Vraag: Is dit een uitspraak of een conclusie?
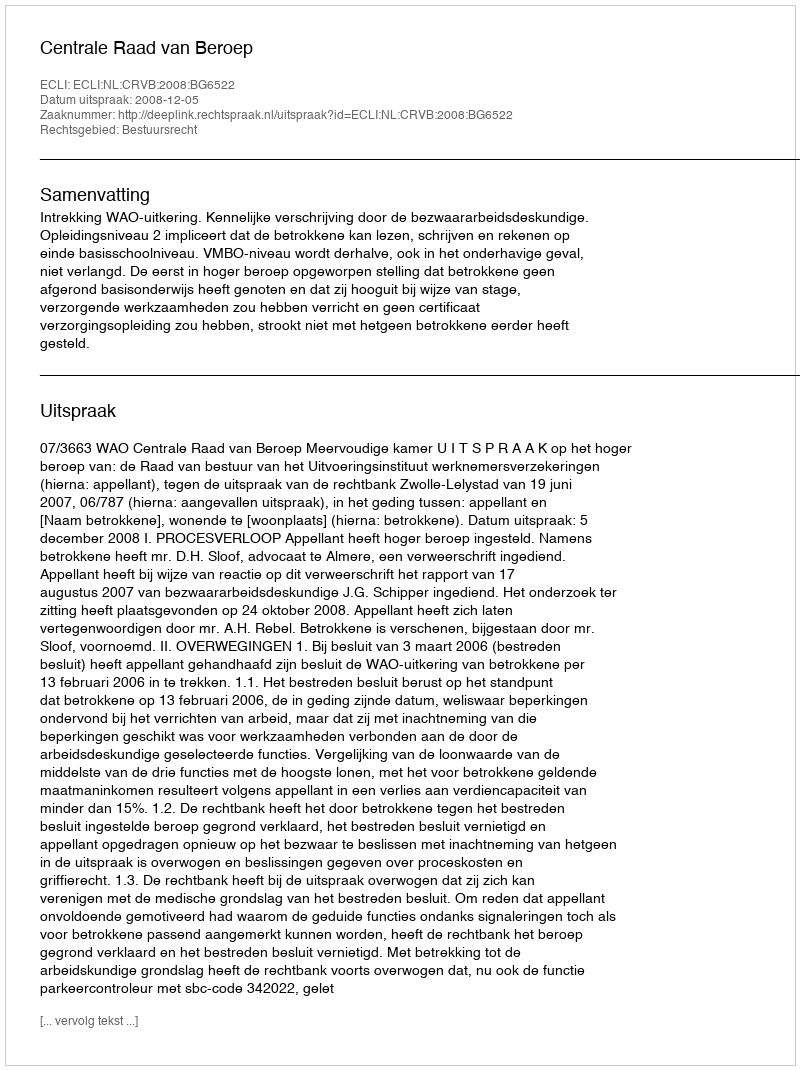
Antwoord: Uitspraak